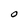
Character: O